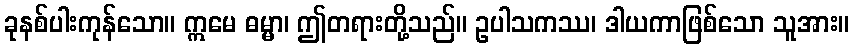
ခုနစ်ပါးကုန်သော။ ဣမေ ဓမ္မာ၊ ဤတရားတို့သည်။ ဥပါသကဿ၊ ဒါယကာဖြစ်သော သူအား။